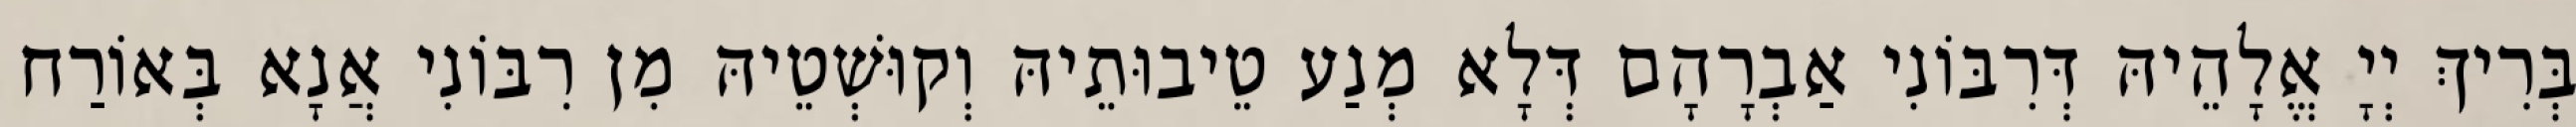
בְּרִיךְ יְיָ אֱלָהֵיהּ דְּרִבּוֹנִי אַבְרָהָם דְּלָא מְנַע טֵיבוּתֵיהּ וְקוּשְׁטֵיהּ מִן רִבּוֹנִי אֲנָא בְּאוֹרַח